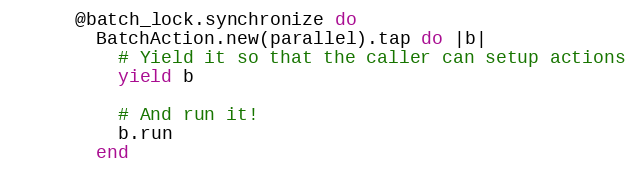
Language: Ruby
      @batch_lock.synchronize do
        BatchAction.new(parallel).tap do |b|
          # Yield it so that the caller can setup actions
          yield b

          # And run it!
          b.run
        end